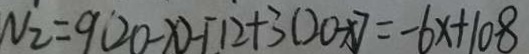
N _ { 2 } = 9 ( 2 0 - x ) - [ 1 2 + 3 ( 2 0 - x ) ] = - 6 x + 1 0 8